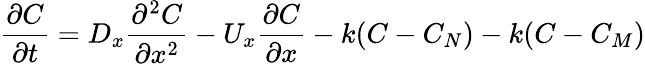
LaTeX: {\frac{\partial C}{\partial t}}=D_{x}{\frac{\partial^{2}C}{\partial x^{2}}}-U_{x}{\frac{\partial C}{\partial x}}-k(C-C_{N})-k(C-C_{M})